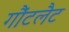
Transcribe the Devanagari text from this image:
गौंटलैट